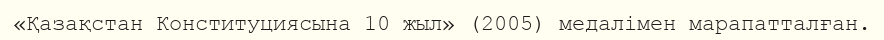
«Қазақстан Конституциясына 10 жыл» (2005) медалімен марапатталған.